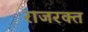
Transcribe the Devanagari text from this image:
राजरक्त